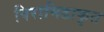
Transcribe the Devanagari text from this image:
पिरामिडाकृत